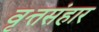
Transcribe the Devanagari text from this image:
वृत्तसंहार